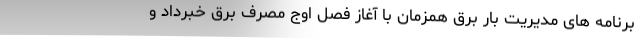
برنامه های مدیریت بار برق همزمان با آغاز فصل اوج مصرف برق خبرداد و